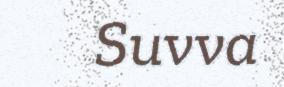
Suvva